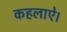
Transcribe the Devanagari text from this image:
कहलाऐ।